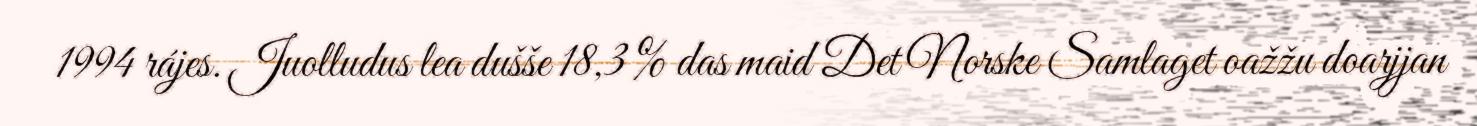
1994 rájes. Juolludus lea dušše 18,3 % das maid Det Norske Samlaget oažžu doarjjan